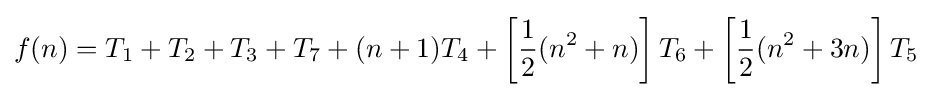
f(n)=T_{1}+T_{2}+T_{3}+T_{7}+(n+1)T_{4}+\left[{\frac {1}{2}}(n^{2}+n)\right]T_{6}+\left[{\frac {1}{2}}(n^{2}+3n)\right]T_{5}